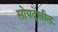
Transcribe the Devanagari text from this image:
सोयदेखील